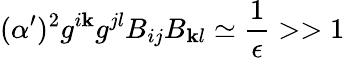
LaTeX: (\alpha^{\prime})^{2}g^{i\mathbf{k}}g^{jl}B_{ij}B_{\mathbf{k}l}\simeq{\frac{{1}}{{\epsilon}}}>>1